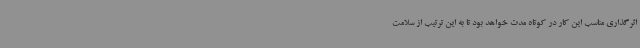
اثرگذاری مناسب این کار در کوتاه مدت خواهد بود تا به این ترتیب از سلامت